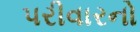
પરીવારનો